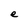
Character: e